Civil Veterinary Dept. North-West Frontier Province 1933-46 - 1933-1946
Year: 1933
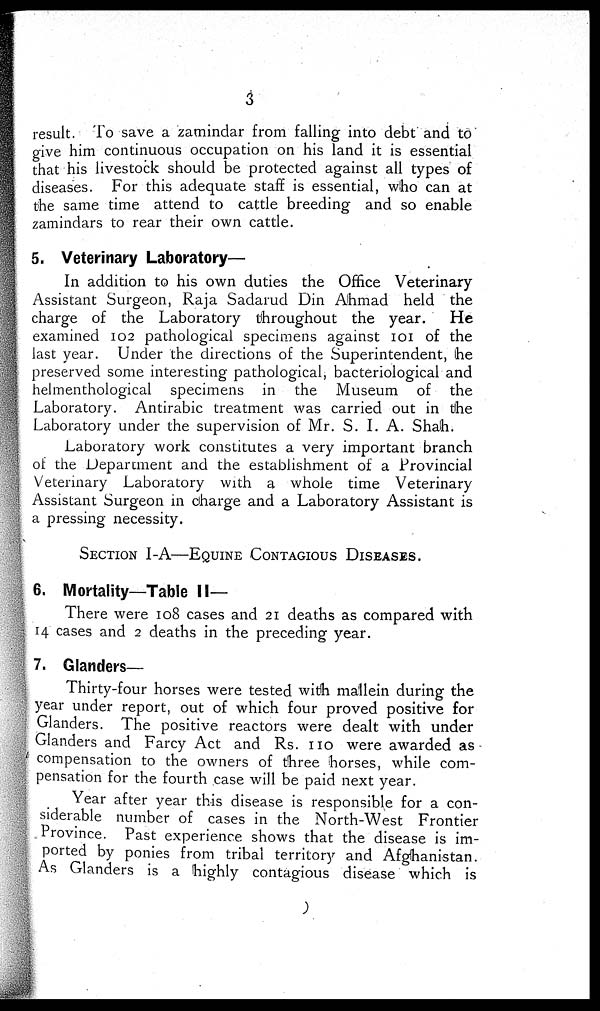
3
result. To save a zamindar from falling into debt and to
give him continuous occupation on his land it is essential
that his livestock should be protected against all types of
diseases. For this adequate staff is essential, who can at
the same time attend to cattle breeding and so enable
zamindars to rear their own cattle.
5. Veterinary Laboratory—
In addition to his own duties the Office Veterinary
Assistant Surgeon, Raja Sadarud Din Ahmad held the
charge of the Laboratory throughout the year.
He
examined 102 pathological specimens against 101 of the
last year. Under the directions of the Superintendent, he
preserved some interesting pathological, bacteriological and
helmenthological specimens in the Museum of the
Laboratory. Antirabic treatment was carried out in the
Laboratory under the supervision of Mr. S. I. A. Shah.
Laboratory work constitutes a very important branch
of the Department and the establishment of a Provincial
Veterinary Laboratory with a whole time Veterinary
Assistant Surgeon in charge and a Laboratory Assistant is
a pressing necessity.
SECTION I-A—EQUINE CONTAGIOUS DISEASES.
6. Mortality—Table II—
There were 108 cases and 21 deaths as compared with
14 cases and 2 deaths in the preceding year.
7. Glanders—
Thirty-four horses were tested with mallein during the
year under report, out of which four proved positive for
Glanders. The positive reactors were dealt with under
Glanders and Farcy Act and Rs. 110 were awarded as
compensation to the owners of three horses, while com-
pensation for the fourth case will be paid next year.
Year after year this disease is responsible for a con-
siderable number of cases in the North-West Frontier
Province. Past experience shows that the disease is im-
ported by ponies from tribal territory and Afghanistan.
As Glanders is a highly contagious disease which is